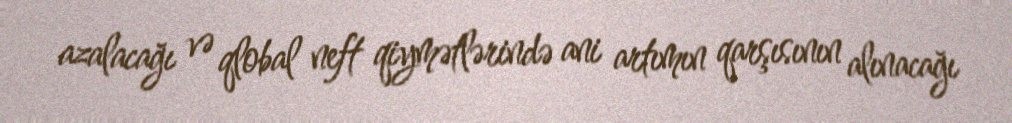
azalacağı və qlobal neft qiymətlərində ani artımın qarşısının alınacağı